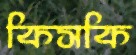
কিসকি